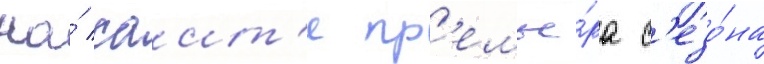
На́ саит'е пр'емье́ра с'езо́на